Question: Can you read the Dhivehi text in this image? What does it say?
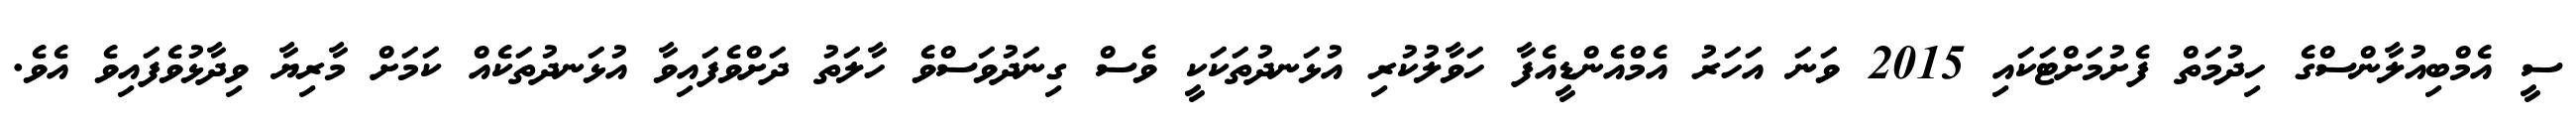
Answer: ސީ އެމްބިއުލާންސްގެ ހިދުމަތް ފެށުމަށްޓަކައި 2015 ވަނަ އަހަރު އެމްއެންޑީއެފާ ހަވާލުކުރި އުޅަނދުތަކަކީ ވެސް ގިނަދުވަސްވެ ހާލަތު ދަށްވެފައިވާ އުޅަނދުތަކެއް ކަމަށް މާރިޔާ ވިދާޅުވެފައިވެ އެވެ.